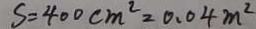
S = 4 0 0 c m ^ { 2 } = 0 . 0 4 m ^ { 2 }